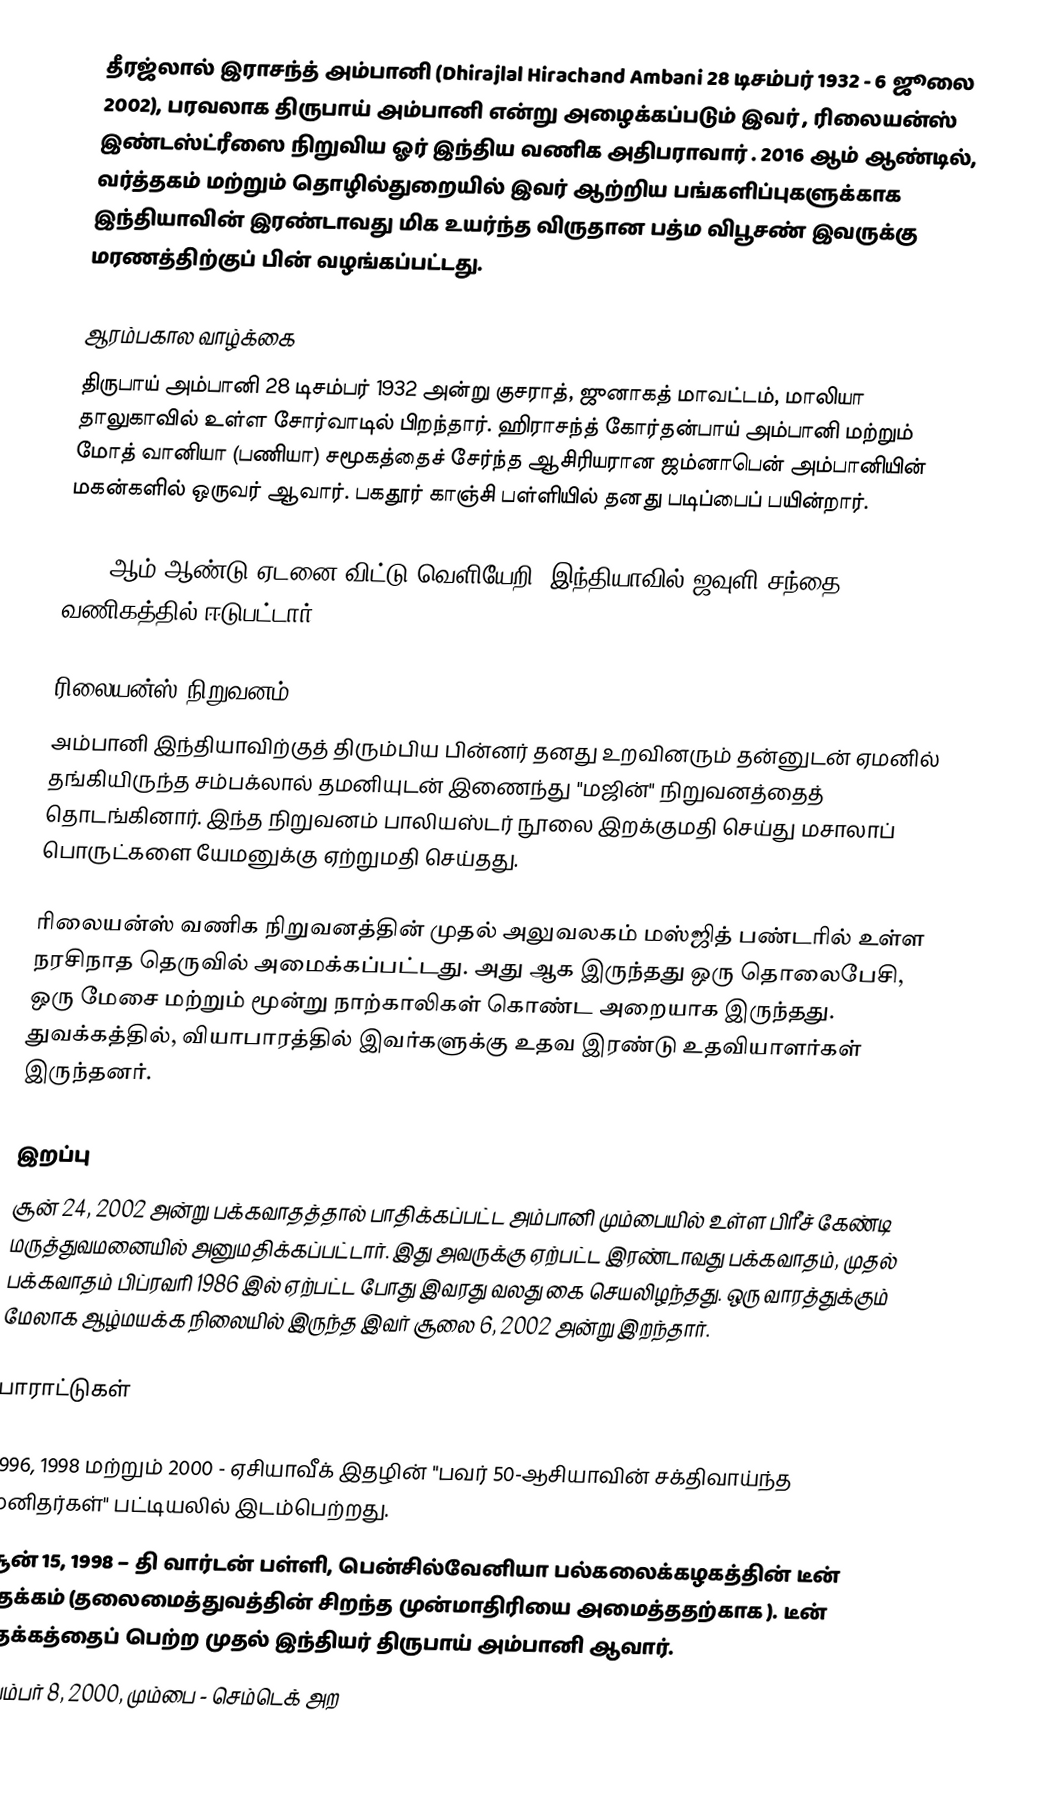
தீரஜ்லால் இராசந்த் அம்பானி (Dhirajlal Hirachand Ambani 28 டிசம்பர் 1932 - 6 ஜூலை 2002), பரவலாக திருபாய் அம்பானி என்று அழைக்கப்படும் இவர் , ரிலையன்ஸ் இண்டஸ்ட்ரீஸை நிறுவிய ஓர் இந்திய வணிக அதிபராவார் . 2016 ஆம் ஆண்டில், வர்த்தகம் மற்றும் தொழில்துறையில் இவர் ஆற்றிய பங்களிப்புகளுக்காக இந்தியாவின் இரண்டாவது மிக உயர்ந்த விருதான பத்ம விபூசண் இவருக்கு மரணத்திற்குப் பின் வழங்கப்பட்டது.

ஆரம்பகால வாழ்க்கை
திருபாய் அம்பானி 28 டிசம்பர் 1932 அன்று குசராத், ஜுனாகத் மாவட்டம், மாலியா தாலுகாவில் உள்ள சோர்வாடில் பிறந்தார். ஹிராசந்த் கோர்தன்பாய் அம்பானி மற்றும் மோத் வானியா (பணியா) சமூகத்தைச் சேர்ந்த ஆசிரியரான ஜம்னாபென் அம்பானியின் மகன்களில் ஒருவர் ஆவார். பகதூர் காஞ்சி பள்ளியில் தனது படிப்பைப் பயின்றார்.

1958 ஆம் ஆண்டு ஏடனை விட்டு வெளியேறி, இந்தியாவில் ஜவுளி சந்தை வணிகத்தில் ஈடுபட்டார்.

ரிலையன்ஸ் நிறுவனம்
அம்பானி இந்தியாவிற்குத் திரும்பிய பின்னர் தனது உறவினரும் தன்னுடன் ஏமனில் தங்கியிருந்த சம்பக்லால் தமனியுடன் இணைந்து "மஜின்" நிறுவனத்தைத் தொடங்கினார். இந்த நிறுவனம்  பாலியஸ்டர் நூலை இறக்குமதி செய்து மசாலாப் பொருட்களை யேமனுக்கு ஏற்றுமதி செய்தது.

ரிலையன்ஸ் வணிக நிறுவனத்தின் முதல் அலுவலகம் மஸ்ஜித் பண்டரில் உள்ள நரசிநாத தெருவில் அமைக்கப்பட்டது. அது  ஆக இருந்தது   ஒரு தொலைபேசி, ஒரு மேசை மற்றும் மூன்று நாற்காலிகள் கொண்ட அறையாக இருந்தது. துவக்கத்தில், வியாபாரத்தில் இவர்களுக்கு உதவ இரண்டு உதவியாளர்கள் இருந்தனர்.

இறப்பு
சூன் 24, 2002 அன்று பக்கவாதத்தால் பாதிக்கப்பட்ட அம்பானி மும்பையில் உள்ள பிரீச் கேண்டி மருத்துவமனையில் அனுமதிக்கப்பட்டார். இது அவருக்கு ஏற்பட்ட இரண்டாவது பக்கவாதம், முதல் பக்கவாதம் பிப்ரவரி 1986 இல் ஏற்பட்ட போது இவரது வலது கை செயலிழந்தது. ஒரு வாரத்துக்கும் மேலாக ஆழ்மயக்க நிலையில் இருந்த இவர் சூலை 6, 2002 அன்று இறந்தார்.

பாராட்டுகள்

 1996, 1998 மற்றும் 2000 - ஏசியாவீக் இதழின் "பவர் 50-ஆசியாவின் சக்திவாய்ந்த மனிதர்கள்" பட்டியலில் இடம்பெற்றது.
 சூன் 15, 1998 – தி வார்டன் பள்ளி, பென்சில்வேனியா பல்கலைக்கழகத்தின் டீன் பதக்கம் (தலைமைத்துவத்தின் சிறந்த முன்மாதிரியை அமைத்ததற்காக ). டீன் பதக்கத்தைப் பெற்ற முதல் இந்தியர் திருபாய் அம்பானி ஆவார்.
 நவம்பர் 8, 2000, மும்பை - செம்டெக் அற